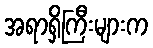
အရာရှိကြီးများက